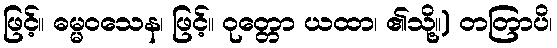
ဖြင့်။ ဓမ္မဝသေန၊ ဖြင့်။ ဝုတ္တော ယထာ၊ ၏သို့။) တတြာပိ၊